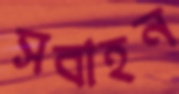
সবাহন